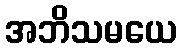
အဘိသမယေ